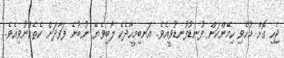
ޖެހި ގޮށް މުހެވި ހިމޭންކަން ފުނޑުފުނޑުވީއެވެ. އަނބިމީހާދެކެ ލޯބިވެޔޭ ނުބުނެ ފަވާދަށް ކެތެއްނުވިއެވެ.